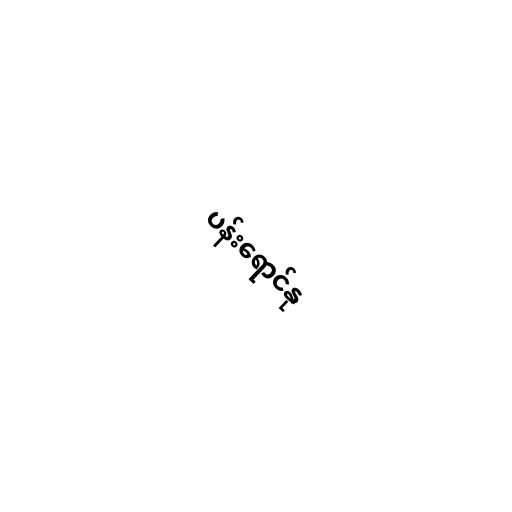
ပန်းရောင်နု